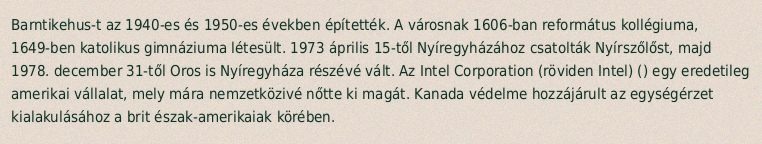
Barntikehus-t az 1940-es és 1950-es években építették. A városnak 1606-ban református kollégiuma, 1649-ben katolikus gimnáziuma létesült. 1973 április 15-től Nyíregyházához csatolták Nyírszőlőst, majd 1978. december 31-től Oros is Nyíregyháza részévé vált. Az Intel Corporation (röviden Intel) () egy eredetileg amerikai vállalat, mely mára nemzetközivé nőtte ki magát. Kanada védelme hozzájárult az egységérzet kialakulásához a brit észak-amerikaiak körében.